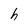
Character: h